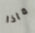
ماذا